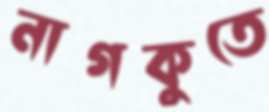
নাগকুতে